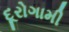
દૂરોગામી